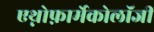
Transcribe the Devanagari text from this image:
एथ्नोफ़ार्मेकोलॉजी